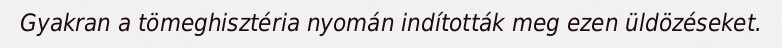
Gyakran a tömeghisztéria nyomán indították meg ezen üldözéseket.